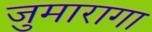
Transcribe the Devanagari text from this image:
जुमारागा